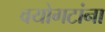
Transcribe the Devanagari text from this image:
वयोगटांना